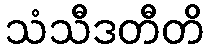
သံသီဒတီတိ